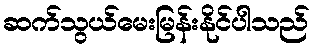
ဆက်သွယ်မေးမြန်းနိုင်ပါသည်